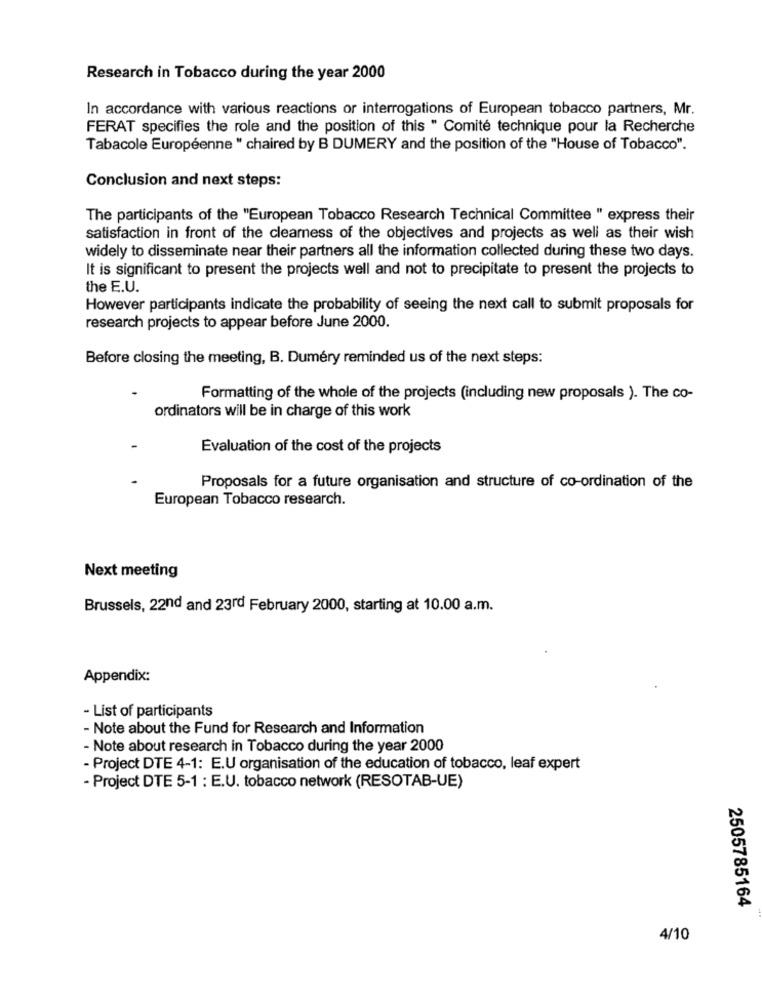
Research in Tobacco during the year 2000
In accordance with various reactions or interrogations of European tobacco partners, Mr.
FERAT specifies the role and the position of this " Comité technique pour la Recherche
Tabacole Européenne " chaired by B DUMERY and the position of the "House of Tobacco".
Conclusion and next steps:
The participants of the "European Tobacco Research Technical Committee " express their
satisfaction in front of the clearness of the objectives and projects as well as their wish
widely to disseminate near their partners all the information collected during these two days.
It is significant to present the projects well and not to precipitate to present the projects to
the E.U.
However participants indicate the probability of seeing the next call to submit proposals for
research projects to appear before June 2000.
Before closing the meeting, B. Dumery reminded us of the next steps:
Formatting of the whole of the projects (including new proposals ). The co-
ordinators will be in charge of this work
Evaluation of the cost of the projects
Proposals for a future organisation and structure of co-ordination of the
European Tobacco research.
Next meeting
Brussels, 22nd and 23rd February 2000, starting at 10.00 a.m.
Appendix:
- List of participants
- Note about the Fund for Research and Information
- Note about research in Tobacco during the year 2000
- Project DTE 4-1: E.U organisation of the education of tobacco, leaf expert
- Project DTE 5-1 : E.U. tobacco network (RESOTAB-UE)
2505785164
4/10